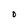
Character: O